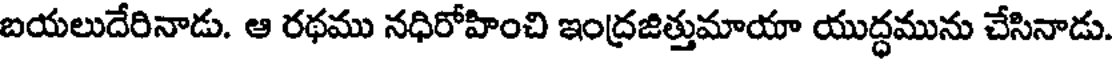
బయలుదేరినాడు. ఆ రథము నధిరోహించి ఇంద్రజిత్తుమాయా యుద్ధమును చేసినాడు.